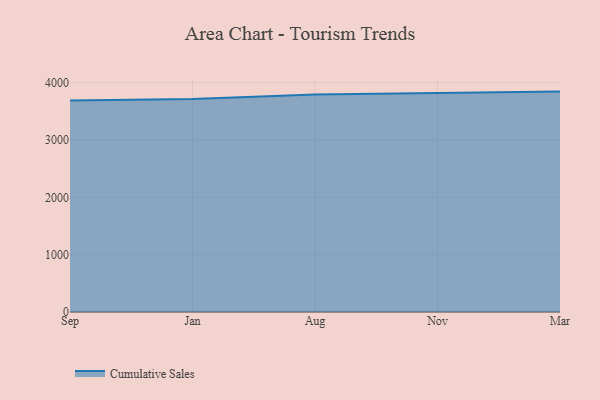
{"axis": {"x": "Month", "y": "Customer Acquisition Cost (USD)"}, "legend": ["Cumulative Sales"], "data": [{"x": "Sep", "y": 3690.4, "type": "Cumulative Sales"}, {"x": "Jan", "y": 3712.9, "type": "Cumulative Sales"}, {"x": "Aug", "y": 3793.2, "type": "Cumulative Sales"}, {"x": "Nov", "y": 3816.2, "type": "Cumulative Sales"}, {"x": "Mar", "y": 3843.5, "type": "Cumulative Sales"}]}